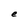
Character: e